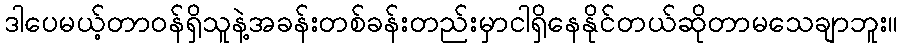
ဒါပေမယ့်တာဝန်ရှိသူနဲ့အခန်းတစ်ခန်းတည်းမှာငါရှိနေနိုင်တယ်ဆိုတာမသေချာဘူး။